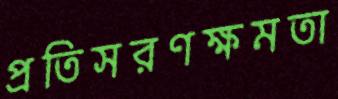
প্রতিসরণক্ষমতা